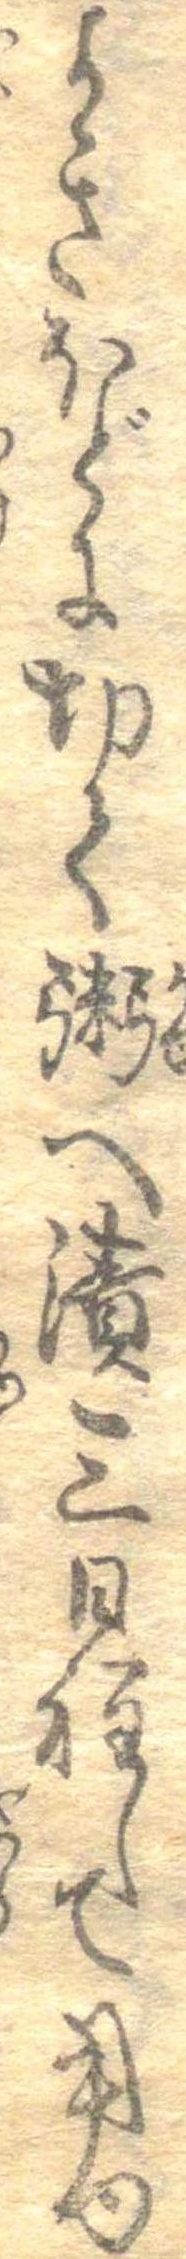
よきほどに切て粥へ漬三日程して用ゆ